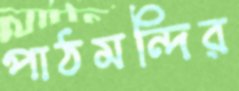
পাঠমন্দির